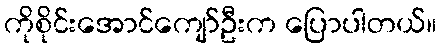
ကိုစိုင်းအောင်ကျော်ဦးက ပြောပါတယ်။